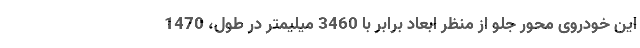
این خودروی محور جلو از منظر ابعاد برابر با 3460 میلیمتر در طول، 1470